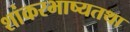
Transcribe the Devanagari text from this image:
शांकरभाष्यतथा